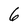
Character: 6